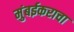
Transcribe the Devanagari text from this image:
मुंबईकराचा